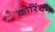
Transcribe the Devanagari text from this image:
कोरिंथन